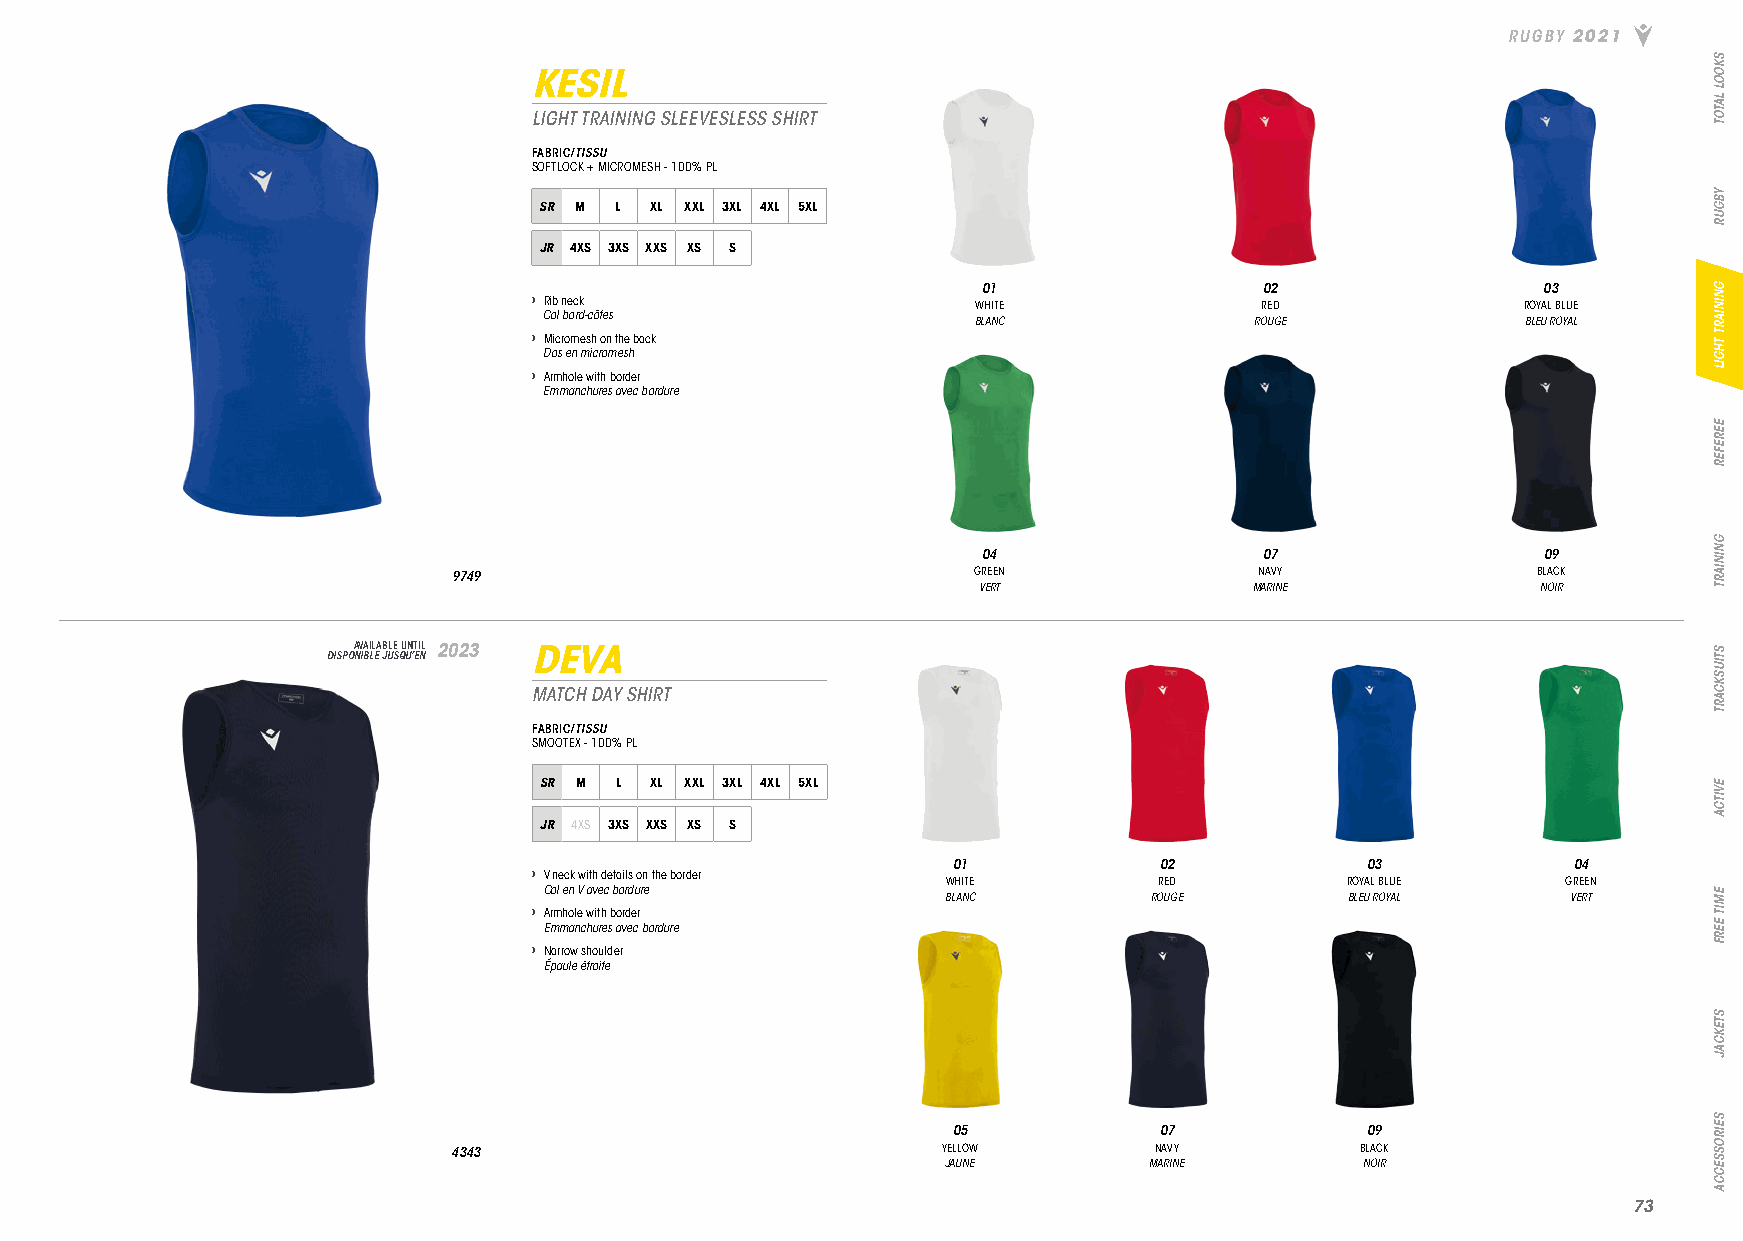
RUGBY 2021
 KESIL
 LIGHT TRAINING SLEEVESLESS SHIRT
 FABRIC/TISSU
 SOFTLOCK + MICROMESH - 100% PL
 SR M L XL XXL 3XL 4XL 5XL
 JR 4XS 3XS XXS XS S
 01                 02                03
 › Rib neck                    WHITE             RED               ROYAL BLUE
 Col bord-côtes
 BLANC              ROUGE             BLEU ROYAL
 › Micromesh on the back
 Dos en micromesh
 › Armhole with border
 Emmanchures avec bordure
 04                 07                09
 9749                              GREEN              NAVY               BLACK
 VERT              MARINE             NOIR
 DISPOA NV IBA LIL EA JB ULE S QU UN ’T EI NL 2023 DEVA
 MATCH DAY SHIRT
 FABRIC/TISSU
 SMOOTEX - 100% PL
 SR M L XL XXL 3XL 4XL 5XL
 JR 4XS 3XS XXS XS S
 01            02           03            04
 › V neck with details on the border
 WHITE         RED         ROYAL BLUE     GREEN
 Col en V avec bordure      BLANC        ROUGE        BLEU ROYAL     VERT
 › Armhole with border
 Emmanchures avec bordure
 › Narrow shoulder
 Épaule étroite
 05            07           09
 4343                            YELLOW        NAVY          BLACK
 JAUNE        MARINE        NOIR
 7733
 SKOOL
 LATOT
 YBGUR
 GNINIART
 THGIL
 EEREFER
 GNINIART
 STIUSKCART
 EVITCA
 EMIT
 EERF
 STEKCAJ
 SEIROSSECCA